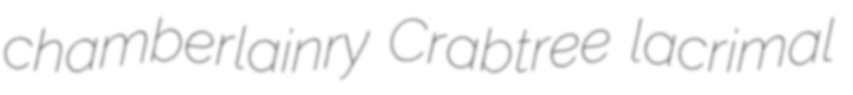
chamberlainry Crabtree lacrimal